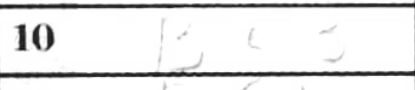
Transcription: Bc3